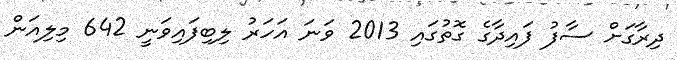
ދިރާގަށް ސާފު ފައިދާގެ ގޮތުގައި 2013 ވަނަ އަހަރު ލިބިފައިވަނީ 642 މިލިއަން